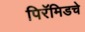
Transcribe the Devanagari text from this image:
पिरॅमिडचे